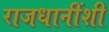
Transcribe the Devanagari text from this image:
राजधानींशी